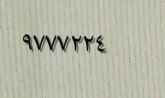
٩٧٧٧٢٢٤